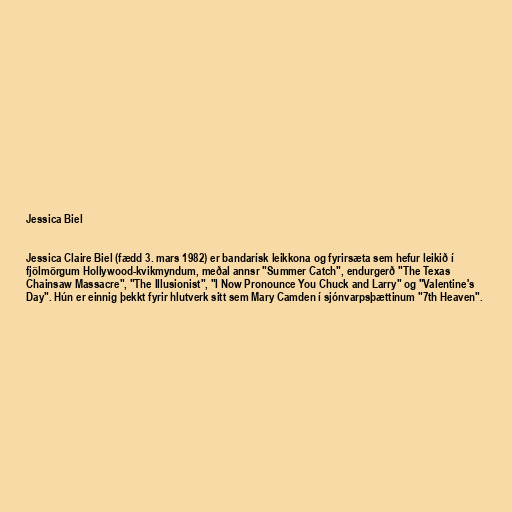
Jessica Biel

Jessica Claire Biel (fædd 3. mars 1982) er bandarísk leikkona og fyrirsæta sem hefur leikið í
fjölmörgum Hollywood-kvikmyndum, meðal annsr "Summer Catch", endurgerð "The Texas
Chainsaw Massacre", "The Illusionist", "I Now Pronounce You Chuck and Larry" og "Valentine's
Day". Hún er einnig þekkt fyrir hlutverk sitt sem Mary Camden í sjónvarpsþættinum "7th Heaven".